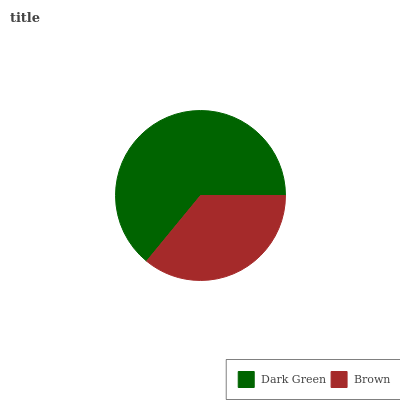
| Dark Green | Brown |
 | --- | --- |
 | 64% | 36% |